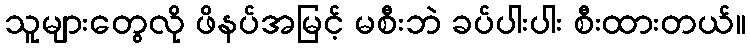
သူများတွေလို ဖိနပ်အမြင့် မစီးဘဲ ခပ်ပါးပါး စီးထားတယ်။